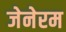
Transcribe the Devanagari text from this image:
जेनेरम